Punjab Mental Hospital Lahore 1932-46 - 1932-1946
Year: 1932
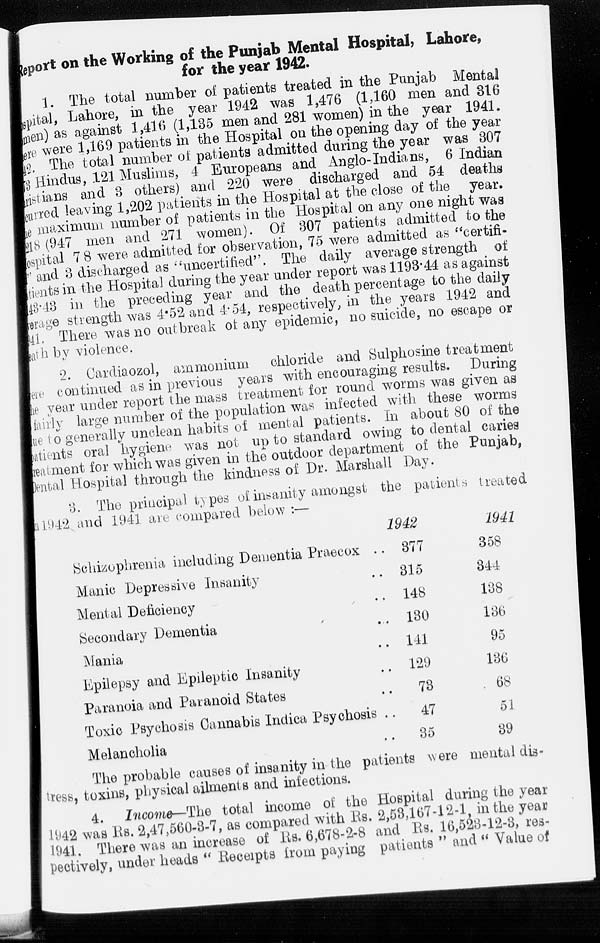
Report on the Working of the Punjab Mental Hospital, Lahore,
for the year 1942.
1. The total number of patients treated in the Punjab Mental
Hospital, Lahore, in the year 1942 was 1,476 (1,160 men and 316
men) as against 1,416 (1,135 men and 281 women) in the year 1941.
There were 1,169 patients in the Hospital on the opening day of the year
42. The total number of patients admitted during the year was 307
73 Hindus, 121 Muslims, 4 Europeans and Anglo-Indians, 6 Indian
christians and 3 others) and 220 were discharged and 54 deaths
incurred leaving 1,202 patients in the Hospital at the close of the year.
The maximum number of patients in the Hospital on any one night was
218(947 men and 271 women). Of 307 patients admitted to the
Hospital 7 8 were admitted for observation, 75 were admitted as "certifi-
and 3 discharged as "uncertified". The daily average strength of
patients in the Hospital during the year under report was 1193.44 as against
143.43 in the preceding year and the death percentage to the daily
average strength was 4.52 and 4.54, respectively, in the years 1942 and
141, There was no outbreak of any epidemic, no suicide, no escape or
health by violence.
2. Cardiaozol, ammonium
chloride and Sulphosine treatment
were continued as in previous years with encouraging results. During
the year under report the mass treatment for round worms was given as
fairly large number of the population was infected with these worms
due to generally unclean habits of mental patients. In about 80 of the
patients oral hygiene was not up to standard owing to dental caries
treatment for which was given in the outdoor department of the Punjab,
Dental Hospital through the kindness of Dr. Marshall Day.
3. The principal types of insanity amongst the patients treated
in1942 and 1941 are compared below :—
Schizophrenia including Dementia Praecox ..
Manic Depressive Insanity ..
Mental Deficiency ..
Secondary Dementia ..
Mania ..
Epilepsy and Epileptic Insanity ..
Paranoia and Paranoid States ..
Toxic Psychosis Cannabis Indica Psychosis ..
Melancholia ..
1942
377
315
148
130
141
129
73
47
35
1941
358
344
138
136
95
136
68
51
39
The probable causes of insanity in the patients were mental dis-
tress, toxins, physical ailments and infections.
4. Income—The total income of the Hospital during the year
1942 was Rs. 2,47,560-3-7, as compared with Rs. 2,53,167-12-1, in the year
1941. There was an increase of Rs.6,678-2-8 and Rs. 16,523-12-3, res-
pectively, under heads " Receipts from paying patients " and " Value of